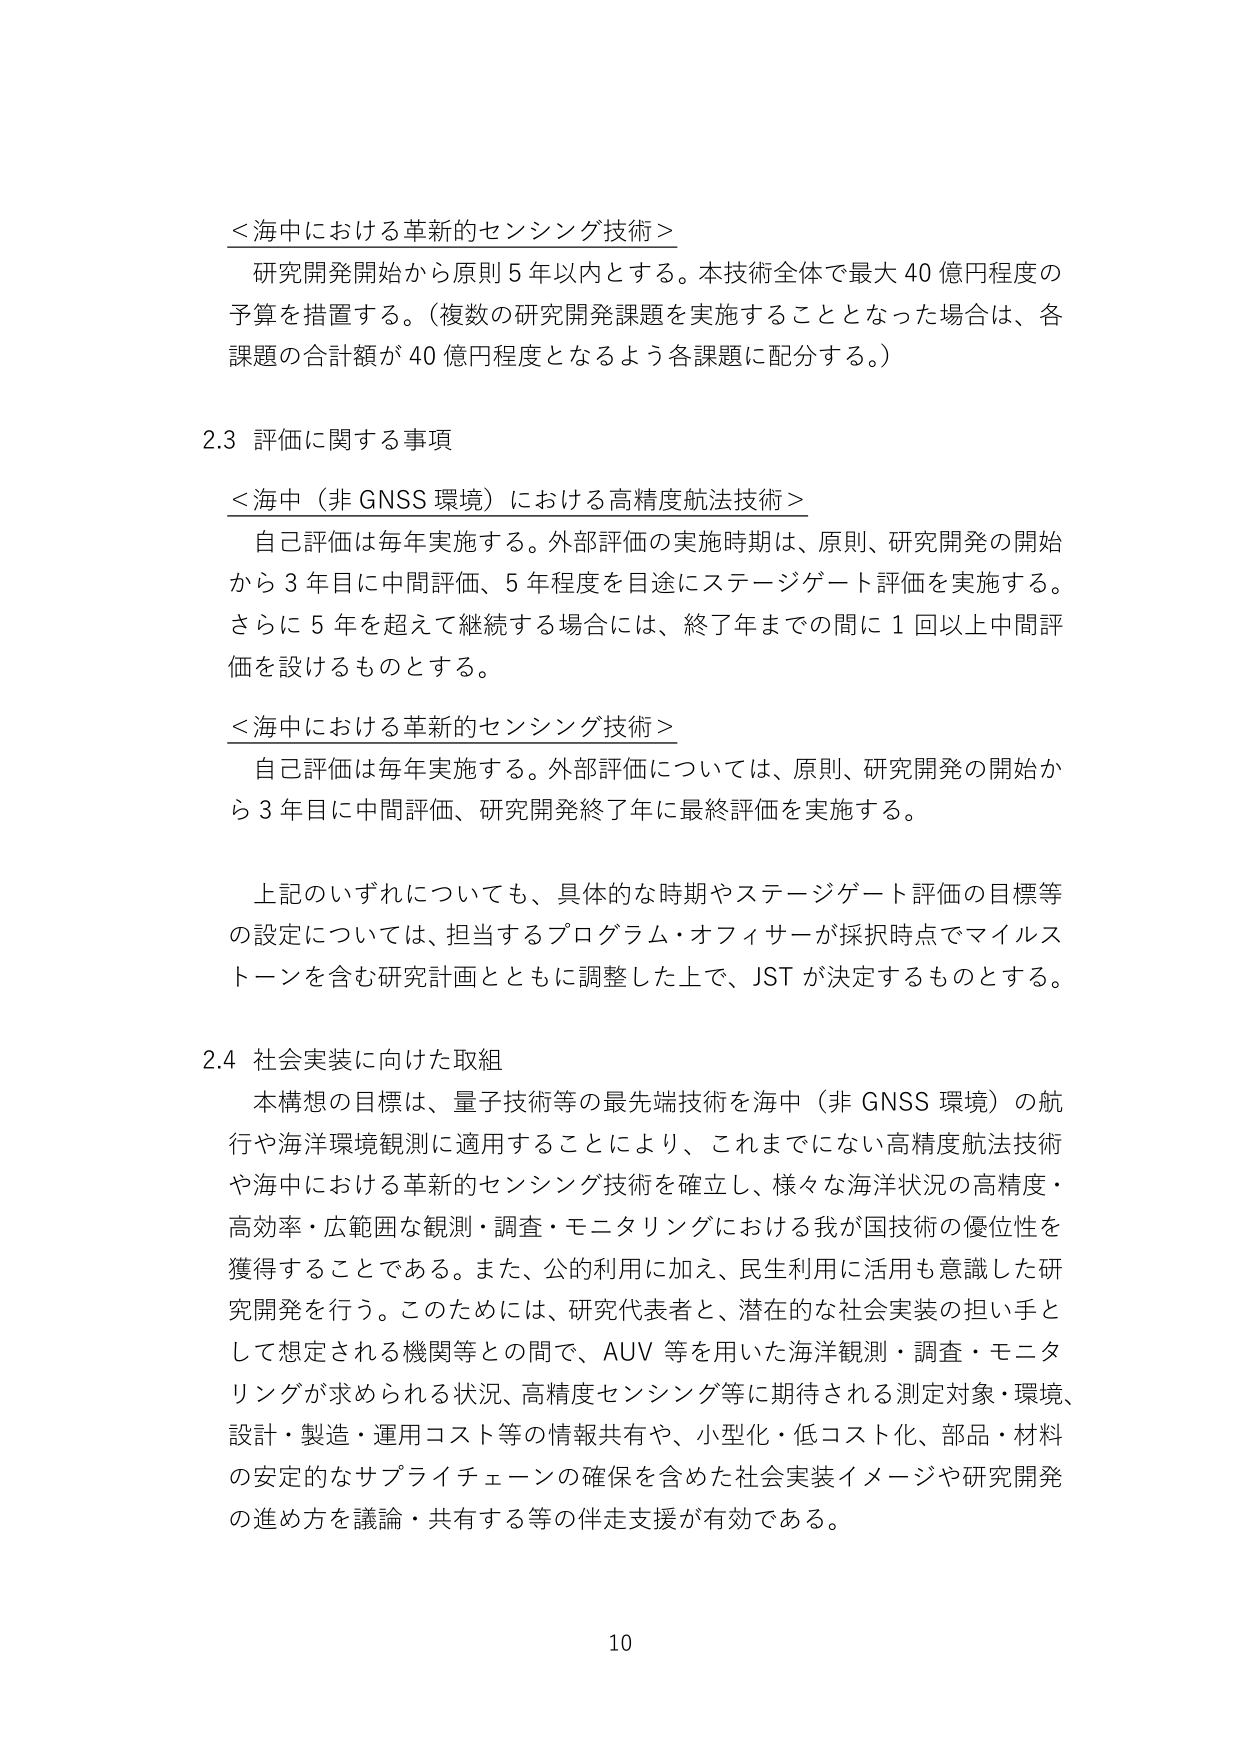
＜海中における革新的センシング技術＞
研究開発開始から原則５年以内とする。本技術全体で最大４０億円程度の
予算を措置する。（複数の研究開発課題を実施することとなった場合は、各
課題の合計額が４０億円程度となるよう各課題に配分する。）

2.3 評価に関する事項
＜海中（非 GNSS 環境）における高精度航法技術＞
自己評価は毎年実施する。外部評価の実施時期は、原則、研究開発の開始
から３年目に中間評価、５年程度を目途にステージゲート評価を実施する。
さらに５年を超えて継続する場合には、終了年までの間に１回以上中間評
価を設けるものとする。

＜海中における革新的センシング技術＞
自己評価は毎年実施する。外部評価については、原則、研究開発の開始か
ら３年目に中間評価、研究開発終了年に最終評価を実施する。

上記のいずれについても、具体的な時期やステージゲート評価の目標等
の設定については、担当するプログラム・オフィサーが採択時点でマイルス
トーンを含む研究計画とともに調整した上で、JST が決定するものとする。

2.4 社会実装に向けた取組
本構想の目標は、量子技術等の最先端技術を海中（非 GNSS 環境）の航
行や海洋環境観測に適用することにより、これまでにない高精度航法技術
や海中における革新的センシング技術を確立し、様々な海洋状況の高精度・
高効率・広範囲な観測・調査・モニタリングにおける我が国技術の優位性を
獲得することである。また、公的利用に加え、民生利用に活用も意識した研
究開発を行う。このためには、研究代表者と、潜在的な社会実装の担い手と
して想定される機関等との間で、AUV 等を用いた海洋観測・調査・モニタ
リングが求められる状況、高精度センシング等に期待される測定対象・環境、
設計・製造・運用コスト等の情報共有や、小型化・低コスト化、部品・材料
の安定的なサプライチェーンの確保を含めた社会実装イメージや研究開発
の進め方を議論・共有する等の伴走支援が有効である。

10